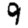
Digit: 9